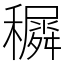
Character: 𥣡